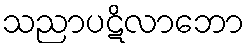
သညာပဋိလာဘော